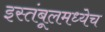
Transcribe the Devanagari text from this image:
इस्तंबूलमध्येच